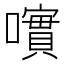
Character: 𡁃